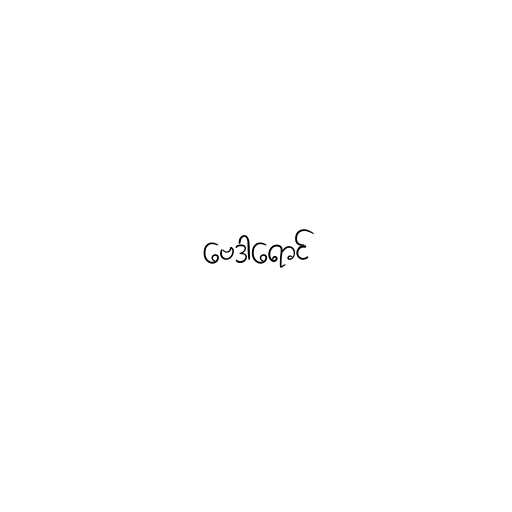
ဗေဒါရောင်